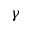
\gamma